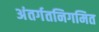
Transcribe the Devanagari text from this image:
अंतर्गतनिगमित